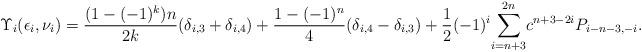
LaTeX: \begin{align*} \Upsilon_i(\epsilon_i,\nu_i) &= \frac{(1-(-1)^k)n}{2k}(\delta_{i,3}+\delta_{i,4})+\frac{1-(-1)^n}{4}(\delta_{i,4}-\delta_{i,3})+\frac{1 }{2} (-1)^i \displaystyle{\sum_{i=n+3}^{2n}}c^{n+3-2i} P_{i-n-3,-i}. \end{align*}